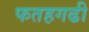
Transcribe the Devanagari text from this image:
फतहगढी